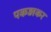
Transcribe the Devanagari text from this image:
पकड़ाकर